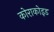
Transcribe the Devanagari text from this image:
कोराकोइड